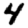
Digit: 4